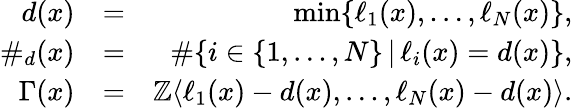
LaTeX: \begin{array}{rlr}{d(x)}&{=}&{\operatorname*{min}\{ \ell_{1}(x),\ldots,\ell_{N}(x)\} ,}\\ {\# _{d}(x)}&{=}&{\# \{ i\in\{ 1,\ldots,N\} \, \vert\, \ell_{i}(x)=d(x)\} ,}\\ {\Gamma(x)}&{=}&{\mathbb{Z}\langle\ell_{1}(x)-d(x),\ldots,\ell_{N}(x)-d(x)\rangle.}\end{array}